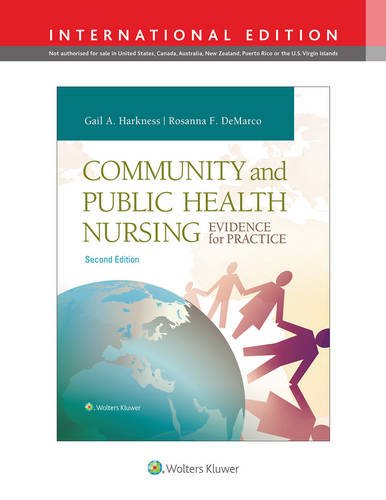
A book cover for Community and Public Health Nursing: Evidence for Practice; Gail A. Harkness; Medical Books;